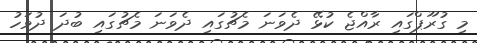
މި ގުރޫޕްގައި ރާއްޖެ ކުޅޭ ދެވަނަ މެޗުގައި ދެވަަނަ މެޗުގައި ބުދަ ދުވަހު